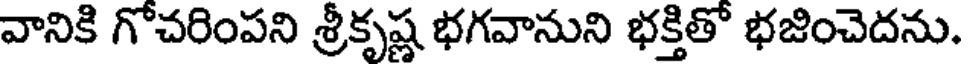
వానికి గోచరింపని శ్రీకృష్ణ భగవానుని భక్తితో భజించెదను.